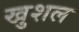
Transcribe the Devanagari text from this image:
खुशल